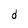
Character: d